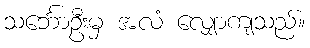
သင်္ဘောဦးမှ အလံ လျှောကျသည်။